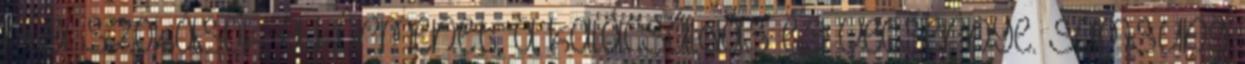
régi szokások, a körmenet, a kalácsáldás és vecsernye. Samsung